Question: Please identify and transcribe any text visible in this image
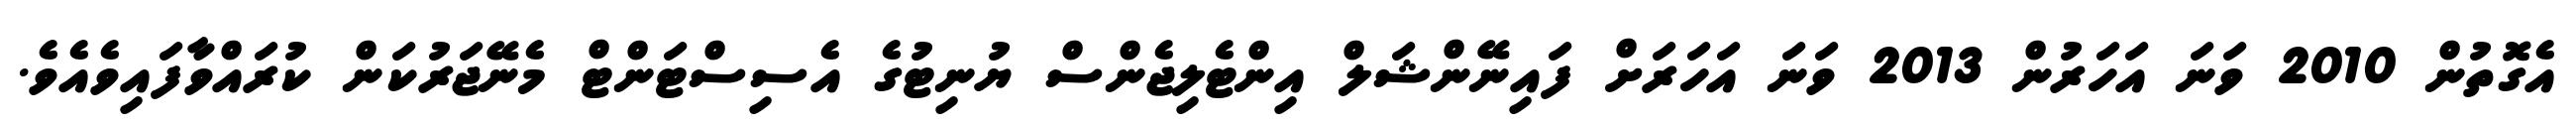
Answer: އެގޮތުން 2010 ވަނަ އަހަރުން 2013 ވަނަ އަހަރަށް ފައިނޭންޝަލް އިންޓެލިޖެންސް ޔުނިޓުގެ އެސިސްޓަންޓް މެނޭޖަރުކަން ކުރައްވާފައިވެއެވެ.